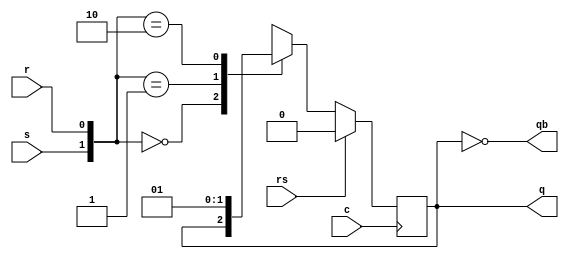
`timescale 1ns / 1ps
//////////////////////////////////////////////////////////////////////////////////
// Company: 
// Engineer: 
// 
// Design Name: 
// Module Name:    SRff 
// Project Name: 
// Target Devices: 
// Tool versions: 
// Description: 
//
// Dependencies: 
//
// Revision: 
// Revision 0.01 - File Created
// Additional Comments: 
//
//////////////////////////////////////////////////////////////////////////////////
module SRff(q,qb,s,r,c,rs
    );
input s,r,c,rs;
output qb,q;
reg q;
assign qb=~q;
always@(posedge c)
begin
if(rs)
q=0;
else
casex({s,r})
2'b00:q=q;
2'b01:q=0;
2'b10:q=1;
2'b11:q=1'bx;
endcase
end
endmodule